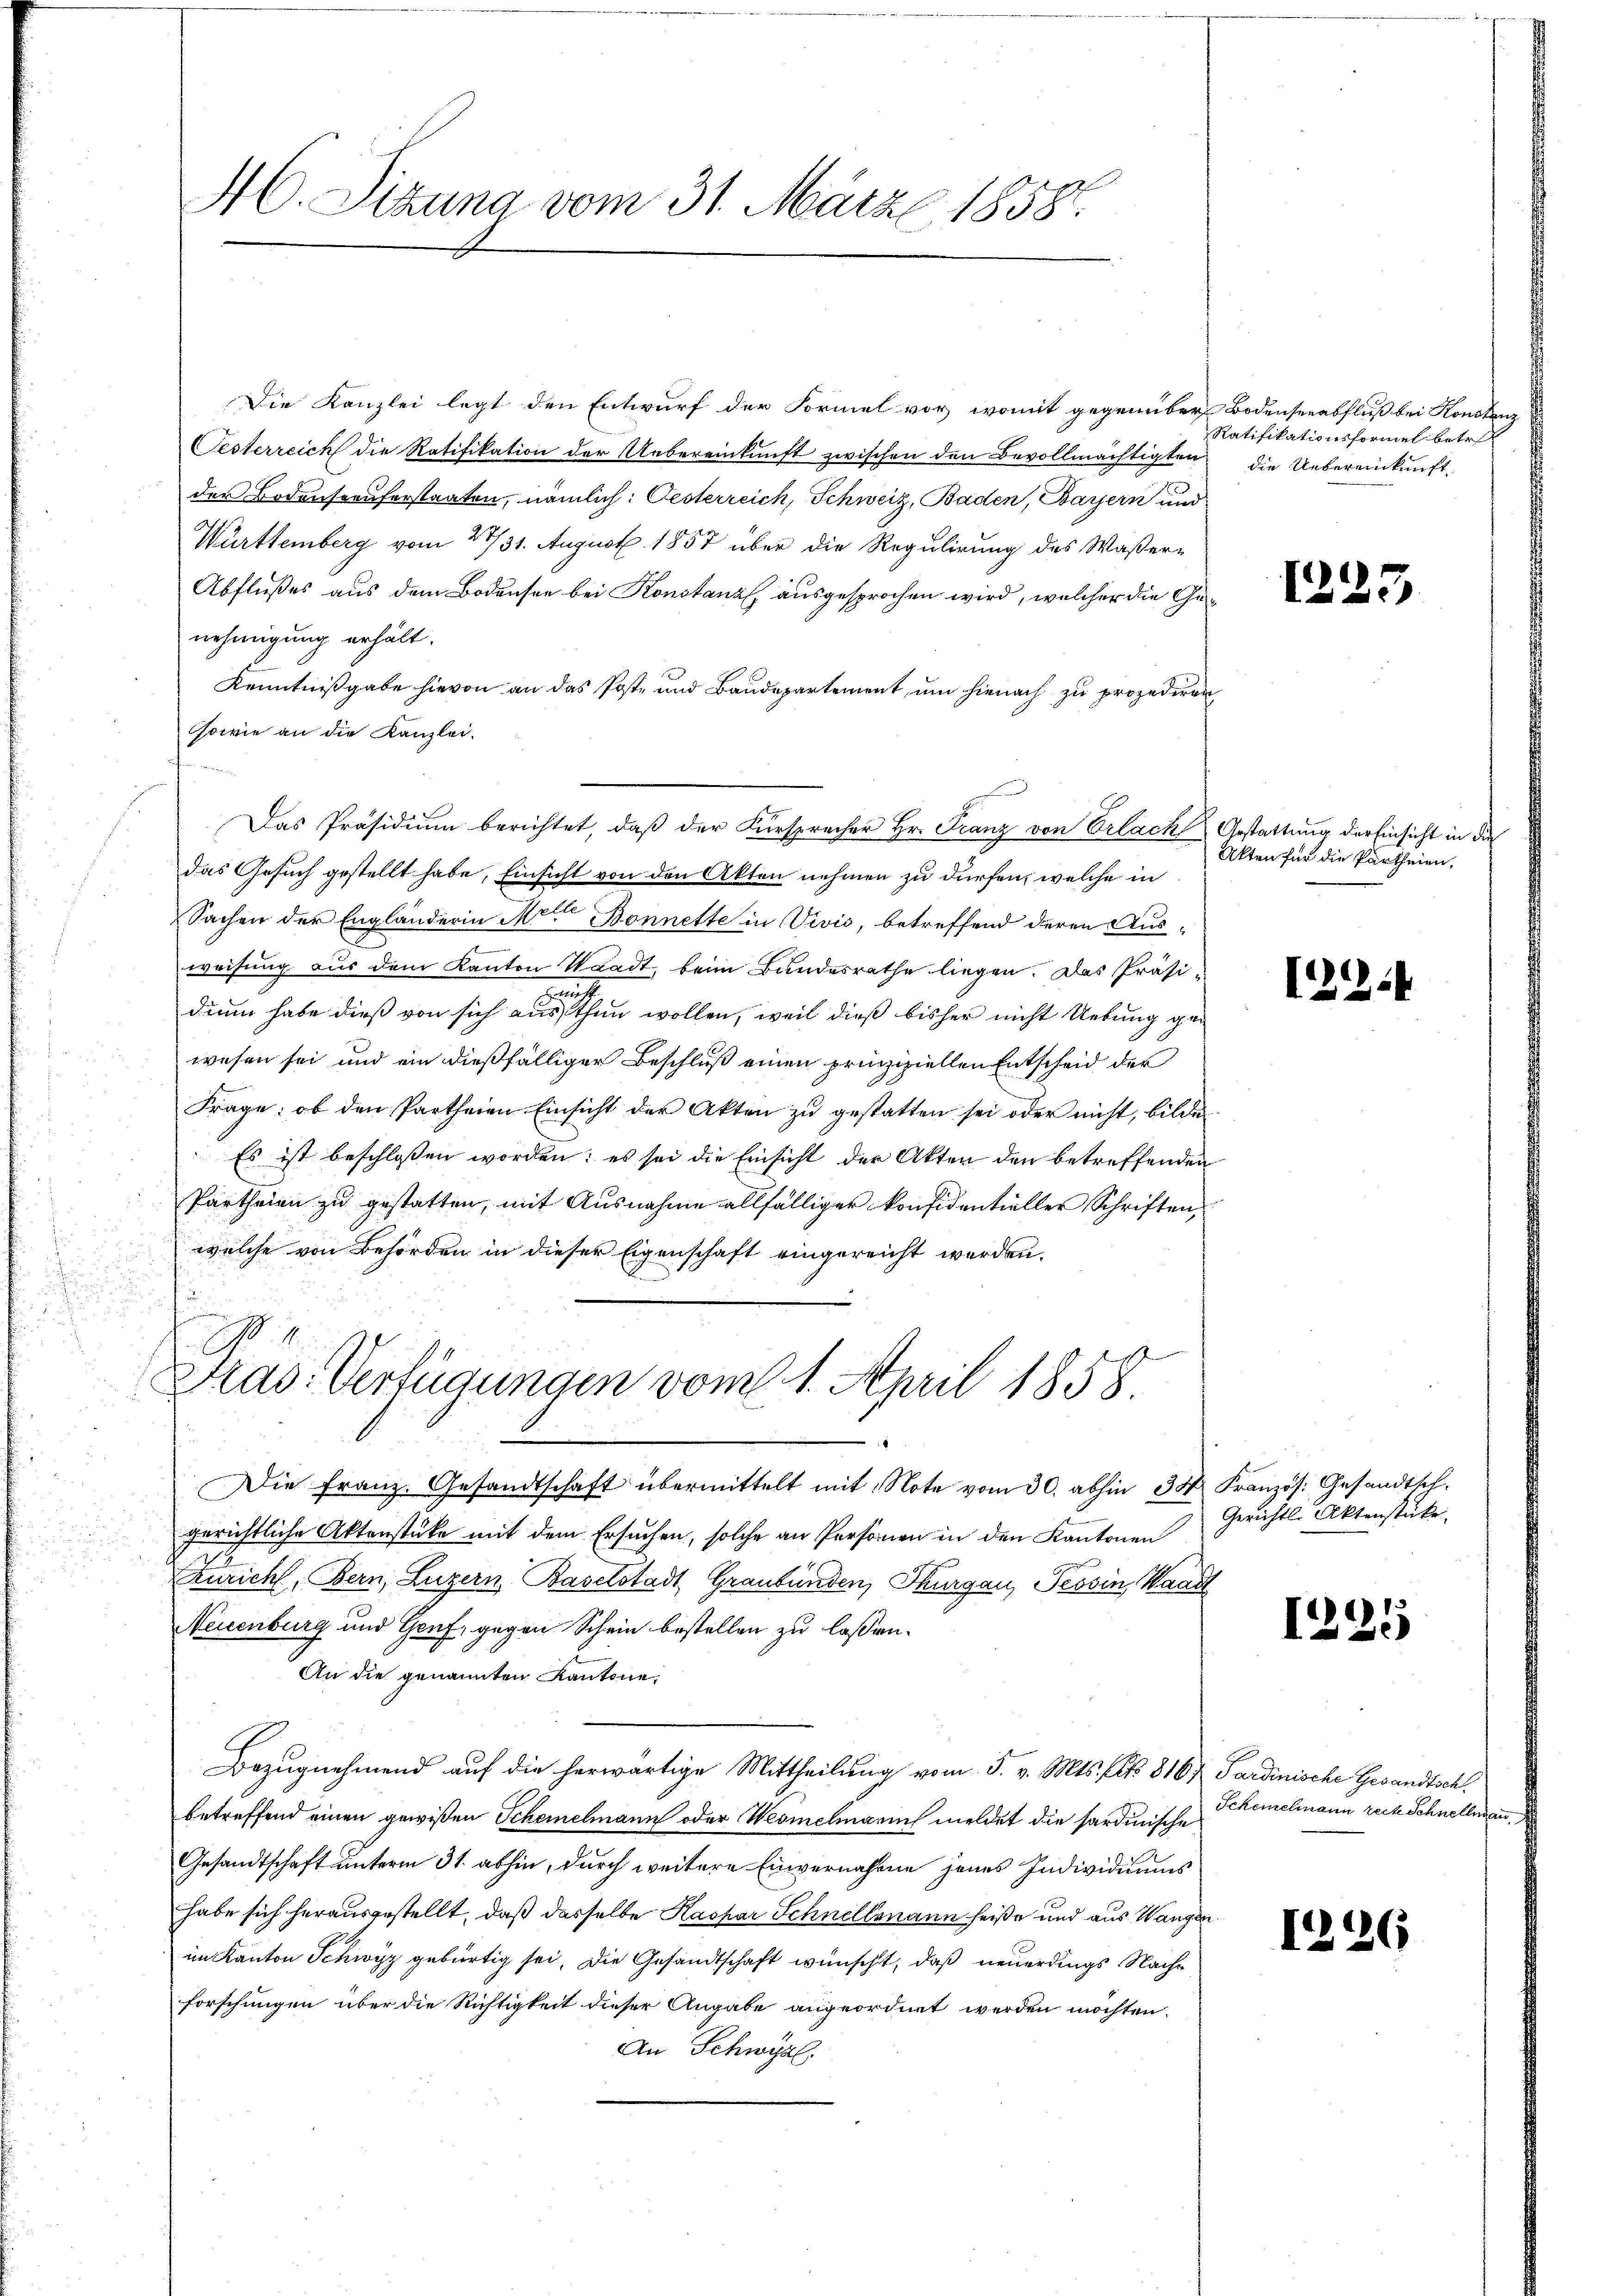
s

AC. Sitzung vom 31. März 1858.

Die Kanzlei legt den Entwurf der Formel vor, womit gegenüber
Oesterreich die Ratifikation der Uebereinkunft zwischen den Bevollmächtigten
der Bodenseeuferstaaten, nämlich: Pesterreich, Schweiz, Baden, Bayern und
Württemberg vom 23/31. August 1857 über die Regulirung des Waßer¬
Abflußes aus dem Bodensee bei Konstanz, ausgesprochen wird, welcher die Genehmigung erhält.
Kenntnißgabe hievon an das Poste und Baudepartement, um hienach zu prozediren
sowie an die Kanzlei.
Das Präsidium berichtet, daß der Fürsprecher Hr. Franz von Erlach Gestattung der Einsicht in die
das Gesuch gestellt habe, Einsicht von den Akten nehmen zu dürfen, welche in
Sachen der Engländerin Mit Bonnette in Vivić, betreffend deren Ausweisung aus dem Kanton Waadt, beim Bandesrathe liegen. Das Präsi-
.
dinn habe dieß von sich aus thun wollen, weil dieß bisher nicht Uebung gen
wesen sei und ein dießfälliger Beschluß einen prinzipiellen Entscheid der
Frage: ob den Partheien Einsicht der Akten zu gestatten sei oder nicht, bilde
Es ist beschlossen worden; es sei die Einsicht der Akten den betreffenden
Partheien zu gestatten, mit Ausnahme allfälliger konfidentieller Schriften,
welche von Behörden in dieser Eigenschaft eingereicht werden.
Dras Verfügungen vom 1. April 1858.
Die franz. Gesandtschaft übermittelt mit Note vom 30. abhin 3 Französ. Gesandtsch.
gerichtliche Aktenstüke mit dem Ersuchen, solche an Personen in den Kantonen
Zuricht, Bern, Luzern Baselstadt Graubünden, Thurgau, Tessin, Waadt
Neuenburg und Genf, gegen Schein bestellen zu lassen.
An die genannten Kantone,
Bezugnehmend auf die herwärtige Mittheilung vom 5. v. Mts. No. 8167 Sardinische Gesandtschbetreffend einen gewißen Scheielmann oder Wesmelmanns meldet die hardinische
Gesandtschaft unterm 31. abhin, durch weitere Einvernahme jenes Individiums
habe sich herausgestellt, daß dasselbe Kaspar Schnellemann heiße und aus Wangen.
im Kanton Schwyz gebürtig sei. Die Gesandtschaft wünscht, daß neuerdings Nachforschungen über die Richtigkeit dieser Angabe angeordnet werden möchten.
An Schwyz.

Bodenserabfluß bei Konstanz
Ratifikationsformel betr.
die Uebereinkunft

1223

Akten für die Partheien,

1294

Gerichtl. Aktenstücke.

)
)
A

Schenzelmann recte Schnelle an

1226